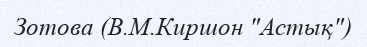
Зотова (В.М.Киршон "Астық")